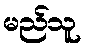
မည်သူ